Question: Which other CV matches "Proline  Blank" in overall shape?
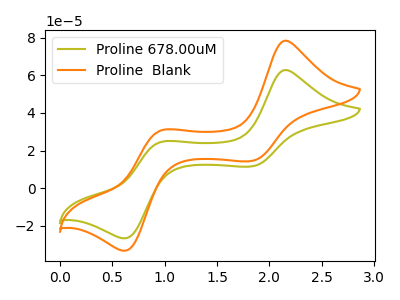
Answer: <think>The olive curve "Proline 678.00uM" has anodic peaks at (2.15V, 62.85uA) (0.95V, 24.70uA) and cathodic peaks at (1.85V, 11.60uA) (0.60V, -26.60uA). The orange curve "Proline  Blank" has anodic peaks at (2.15V, 78.40uA) (0.95V, 30.80uA) and cathodic peaks at (1.85V, 14.50uA) (0.60V, -33.20uA).
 All the peaks in "Proline 678.00uM" have a peak in "Proline  Blank" at the same potential.</think>
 <answer>The CV with the most similar shape to "Proline 678.00uM" is "Proline  Blank".</answer>
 <eval>"Proline  Blank"</eval>